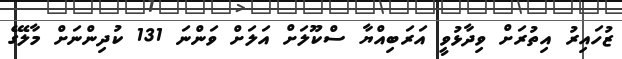
ޒުހައިރު އިތުރަށް ވިދާޅުވީ އަރަބިއްޔާ ސްކޫލަށް އަލަށް ވަންނަ 131 ކުދިންނަށް މާލޭގެ